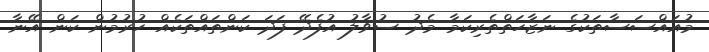
މުއައްސަސާތަކުގެ ނަޒާހަތްތެރިކަމާ މެދު ސުވާލު އުފެދޭ ފަދަ ކަންތައްތަކެއް ހުރުމުން ކަން އޭނާ